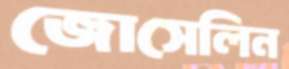
জোসেলিন